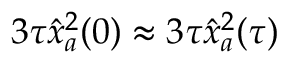
3 \tau \hat { x } _ { a } ^ { 2 } ( 0 ) \approx 3 \tau \hat { x } _ { a } ^ { 2 } ( \tau )